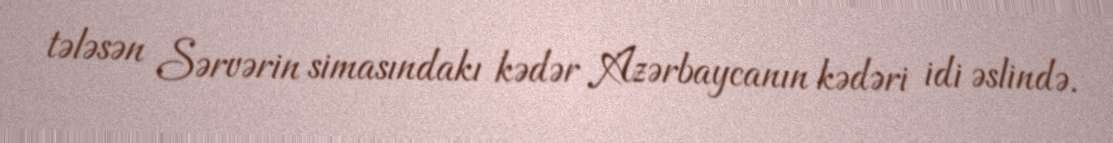
tələsən Sərvərin simasındakı kədər Azərbaycanın kədəri idi əslində.